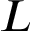
L